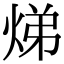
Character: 焍